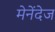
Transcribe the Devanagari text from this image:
मेनेंदेज